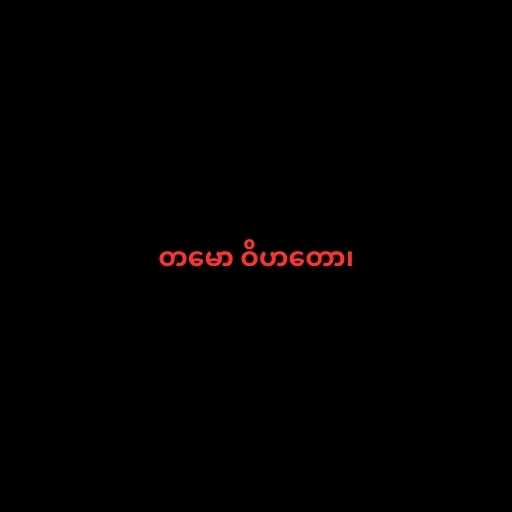
တမော ဝိဟတော၊